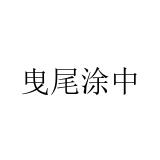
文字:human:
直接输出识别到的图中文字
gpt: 曳尾涂中